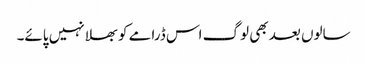
سالوں بعد بھی لوگ اس ڈرامے کو بھلا نہیں پائے۔